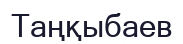
Таңқыбаев